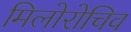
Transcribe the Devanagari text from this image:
मिलोरोचिव